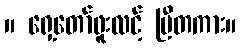
။ ရှေ့တော်ဖူးလင့် ပြီတကား။